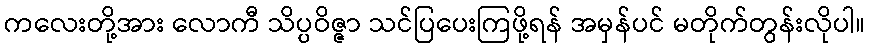
ကလေးတို့အား လောကီ သိပ္ပဝိဇ္ဇာ သင်ပြပေးကြဖို့ရန် အမှန်ပင် မတိုက်တွန်းလိုပါ။